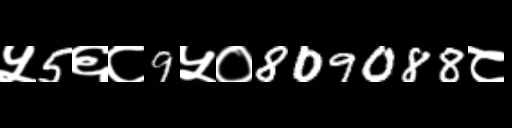
Text: ५5६८9५०809088८